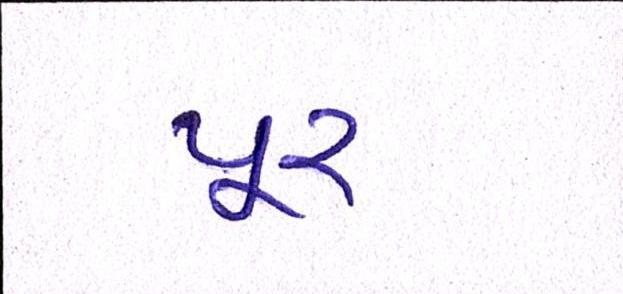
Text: પૂર